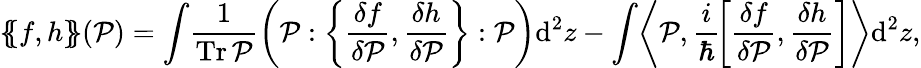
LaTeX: \{ \! \! \{ f,h\} \! \! \} (\mathcal{P})=\int\! \frac 1{\operatorname{Tr}\mathcal{P}}\bigg(\mathcal{P}:\bigg\{ \frac{\delta f}{\delta\mathcal{P}},\frac{\delta h}{\delta\mathcal{P}}\bigg\} :\mathcal{P}\bigg)\mathrm{d}^{2}z-\int\! \left\langle\mathcal{P},\frac{i}\hbar\! \left[\frac{\delta f}{\delta\mathcal{P}},\frac{\delta h}{\delta\mathcal{P}}\right]\right\rangle\mathrm{d}^{2}z,